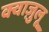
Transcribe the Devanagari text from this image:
क्वाज़ुलू